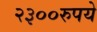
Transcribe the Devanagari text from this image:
२३००रुपये